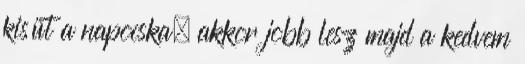
kisüt a napocska, akkor jobb lesz majd a kedvem